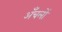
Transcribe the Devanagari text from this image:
अँचलों